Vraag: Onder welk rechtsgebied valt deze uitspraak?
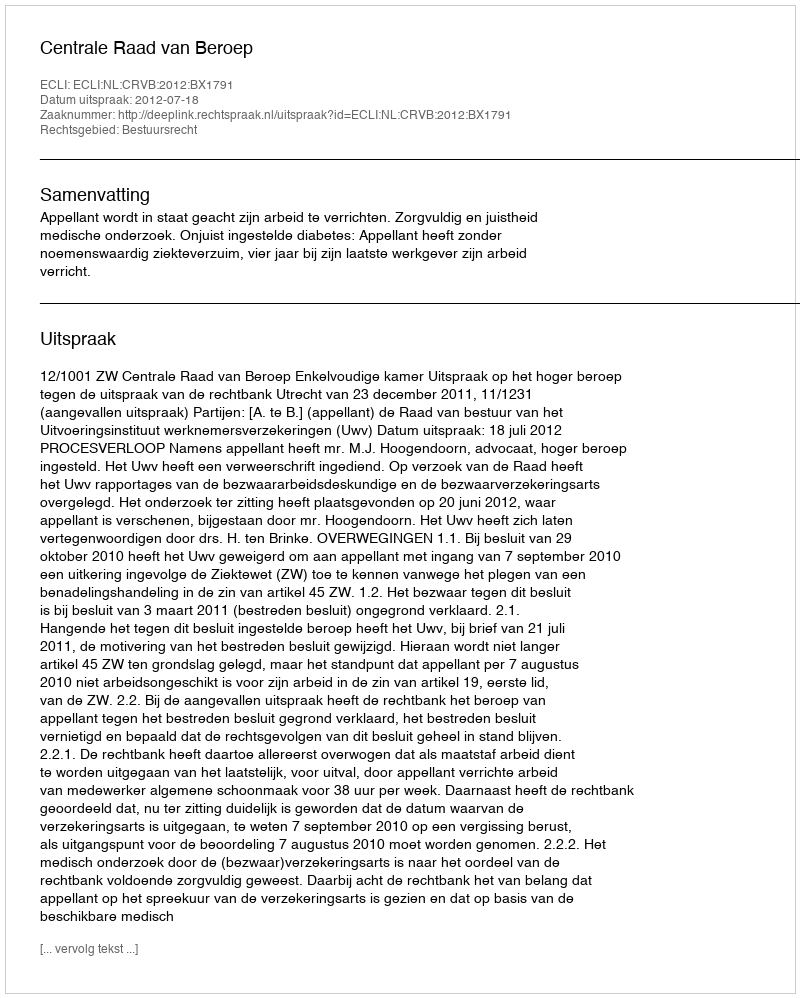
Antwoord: Bestuursrecht